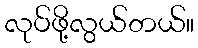
လုပ်ဖို့လွယ်တယ်။